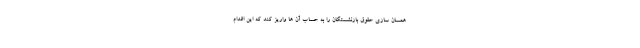
همسان سازی حقوق بازنشستگان را به حساب آن ها واریز کند که این اقدام